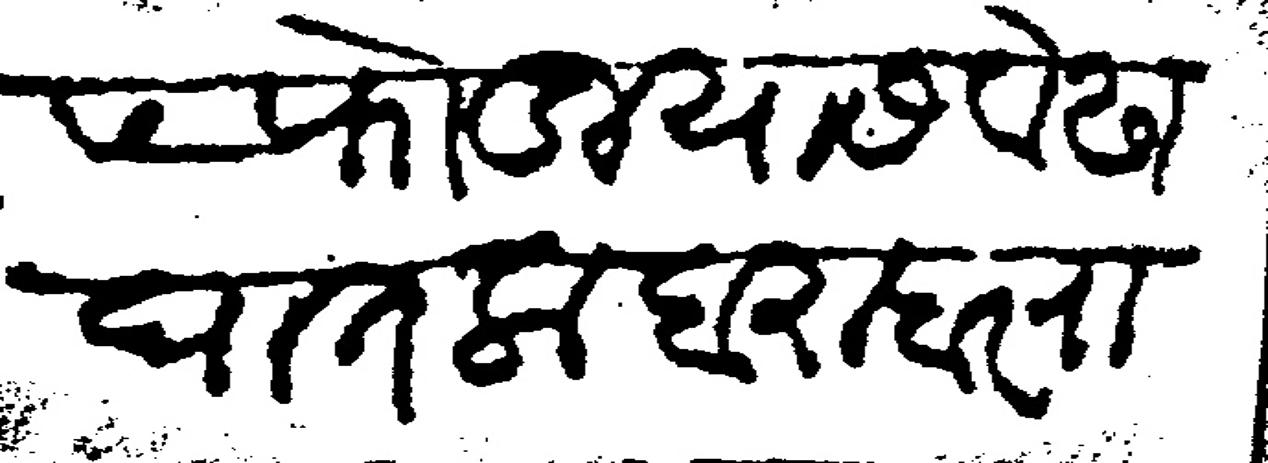
Transliteration (Devanagari): ५ फोडियास वेढा घातला बराबर राजश्री